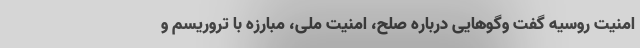
امنیت روسیه گفت وگوهایی درباره صلح، امنیت ملی، مبارزه با تروریسم و